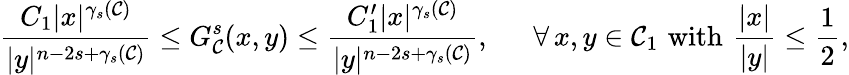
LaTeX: \frac{C_{1}|x|^{\gamma_{s}(\mathcal C)}}{|y|^{n-2s+\gamma_{s}(\mathcal C)}}\leq G_{\mathcal{C}}^{s}(x,y)\leq\frac{C_{1}^{\prime}|x|^{\gamma_{s}(\mathcal C)}}{|y|^{n-2s+\gamma_{s}(\mathcal C)}},\ \quad\ \forall\, x,y\in\mathcal C_{1}\, \, \mathrm{with}\, \, \frac{|x|}{|y|}\leq\frac{1}{2},